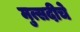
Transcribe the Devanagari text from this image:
मुत्सदीचे